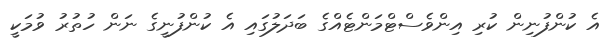
އެ ކުންފުނިން ކުރި އިންވެސްޓްމަންޓެއްގެ ބަދަލުގައި އެ ކުންފުނީގެ ނަން ހުތުރު ވުމަކީ